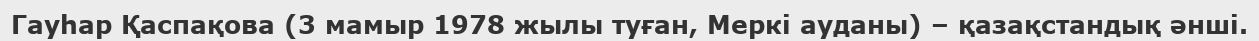
Гауһар Қаспақова (3 мамыр 1978 жылы туған, Меркі ауданы) – қазақстандық әнші.